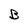
Character: B